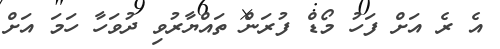
އެ ރެ އަށް ފަހު މޯޑް ފުރަން ތައްޔާރުވި ދުވަހާ ހަމަ އަށް